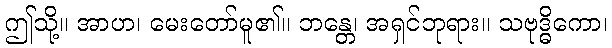
ဤသို့။ အာဟ၊ မေးတော်မူ၏။ ဘန္တေ၊ အရှင်ဘုရား။ သဗုဒ္ဓိကော၊